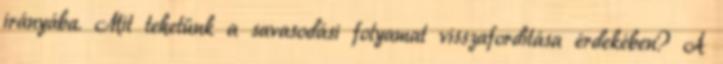
irányába. Mit tehetünk a savasodási folyamat visszafordítása érdekében? A